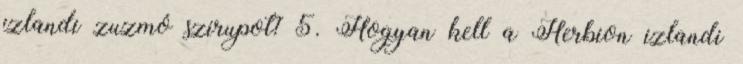
izlandi zuzmó szirupot? 5. Hogyan kell a Herbion izlandi